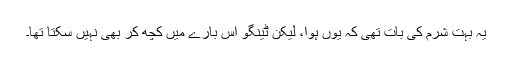
یہ بہت شرم کی بات تھی کہ یوں ہوا، لیکن ٹینگو اس بارے میں کچھ کر بھی نہیں سکتا تھا۔